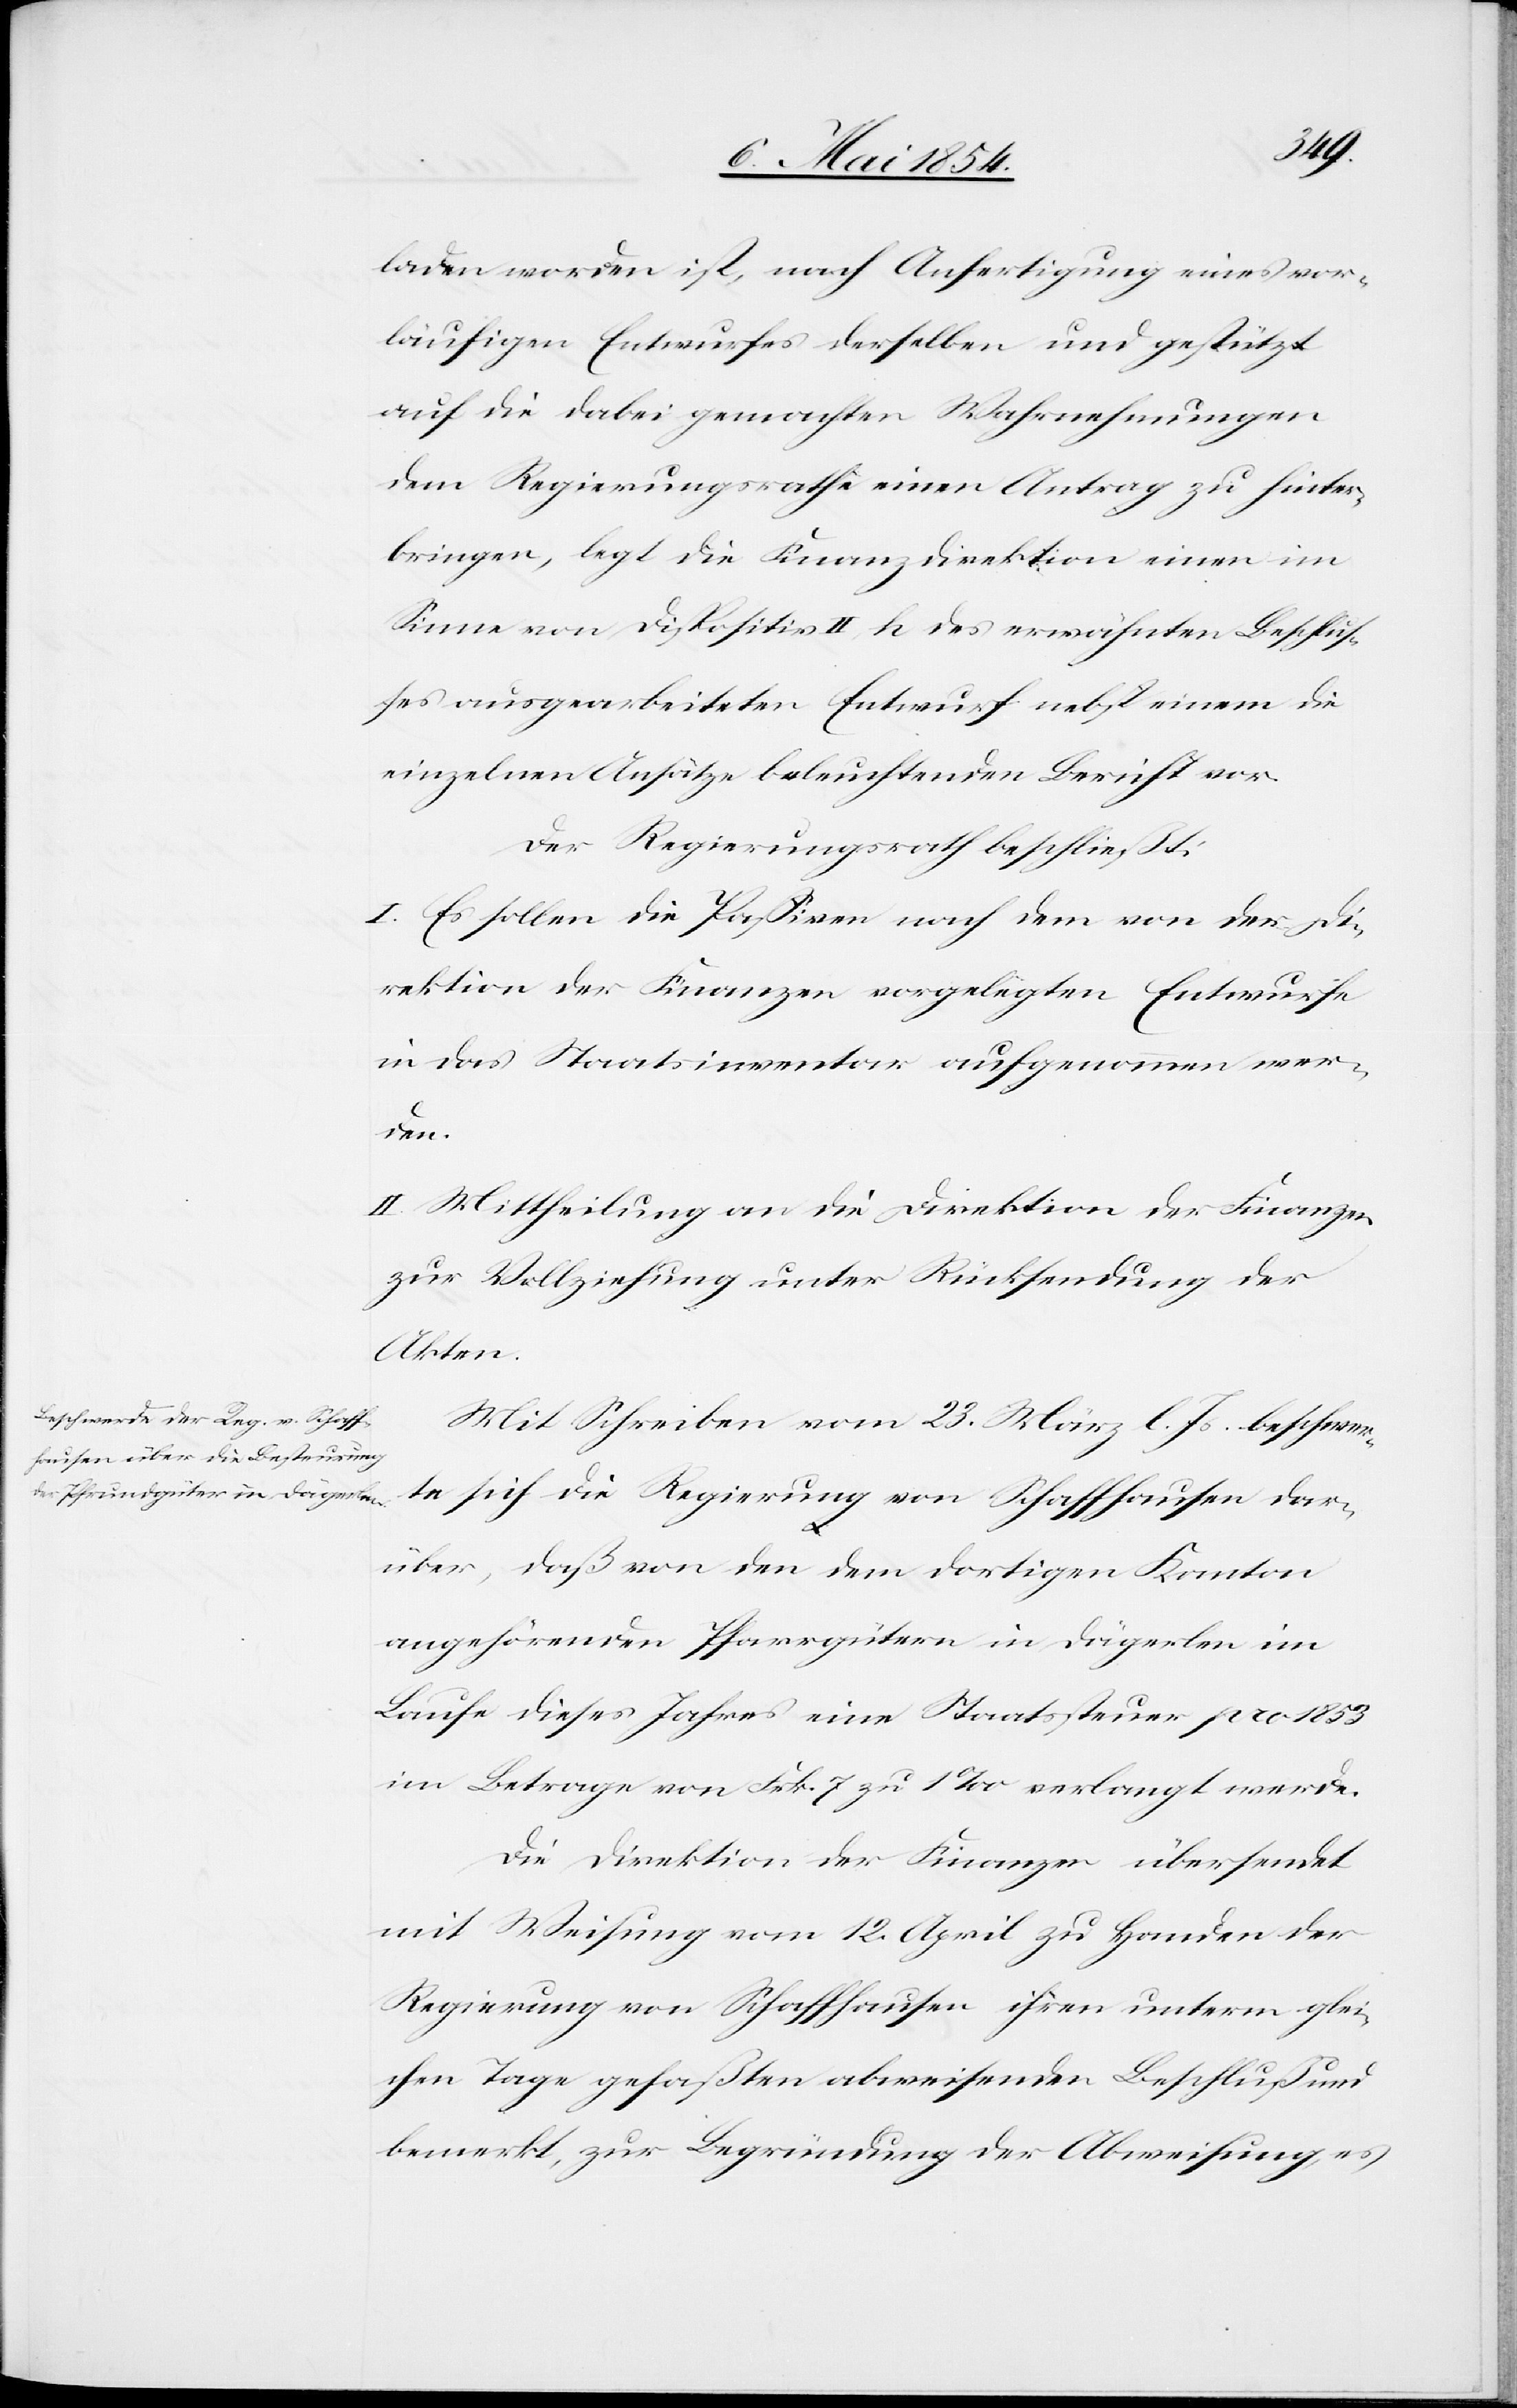
laden worden ist, nach Anfertigung eines vor¬
läufigen Entwurfes derselben und gestützt
auf die dabei gemachten Wahrnehmungen
dem Regierungsrathe einen Antrag zu hinter¬
bringen, legt die Finanzdirektion einen im
Sinne von Dispositiv II, k des erwähnten Beschluß¬
es ausgearbeiteten Entwurf nebst einem die
einzelnen Ansätze beleuchtenden Bericht vor.
Der Regierungsrath beschließt:
I. Es sollen die Paßiven nach dem von der Di¬
rektion der Finanzen vorgelegten Entwurfe
in das Staatsinventar aufgenommen wer¬
den.
II. Mittheilung an die Direktion der Finanzen
zur Vollziehung unter Rückstellung der
Akten.
Mit Schreiben vom 23. März l. Js. beschwer¬
te sich die Regierung von Schaffhausen dar¬
über, daß von den dem dortigen Kanton
angehörenden Pfarrgütern in Dägerlen im
Laufe dieses Jahres eine Staatssteuer pro 1853
im Betrage von Frk. 7 zu 1 ‰ verlangt werde.
Die Direktion der Finanzen übersendet
mit Weisung vom 12. April zu Handen der
Regierung von Schaffhausen ihren unterm glei¬
chen Tage gefaßten abweisenden Beschluß und
bemerkt, zur Begründung der Abweisung, es